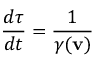
{ \frac { d \tau } { d t } } = { \frac { 1 } { \gamma ( \mathbf { v } ) } }